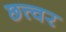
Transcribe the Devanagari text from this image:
छत्त्वर